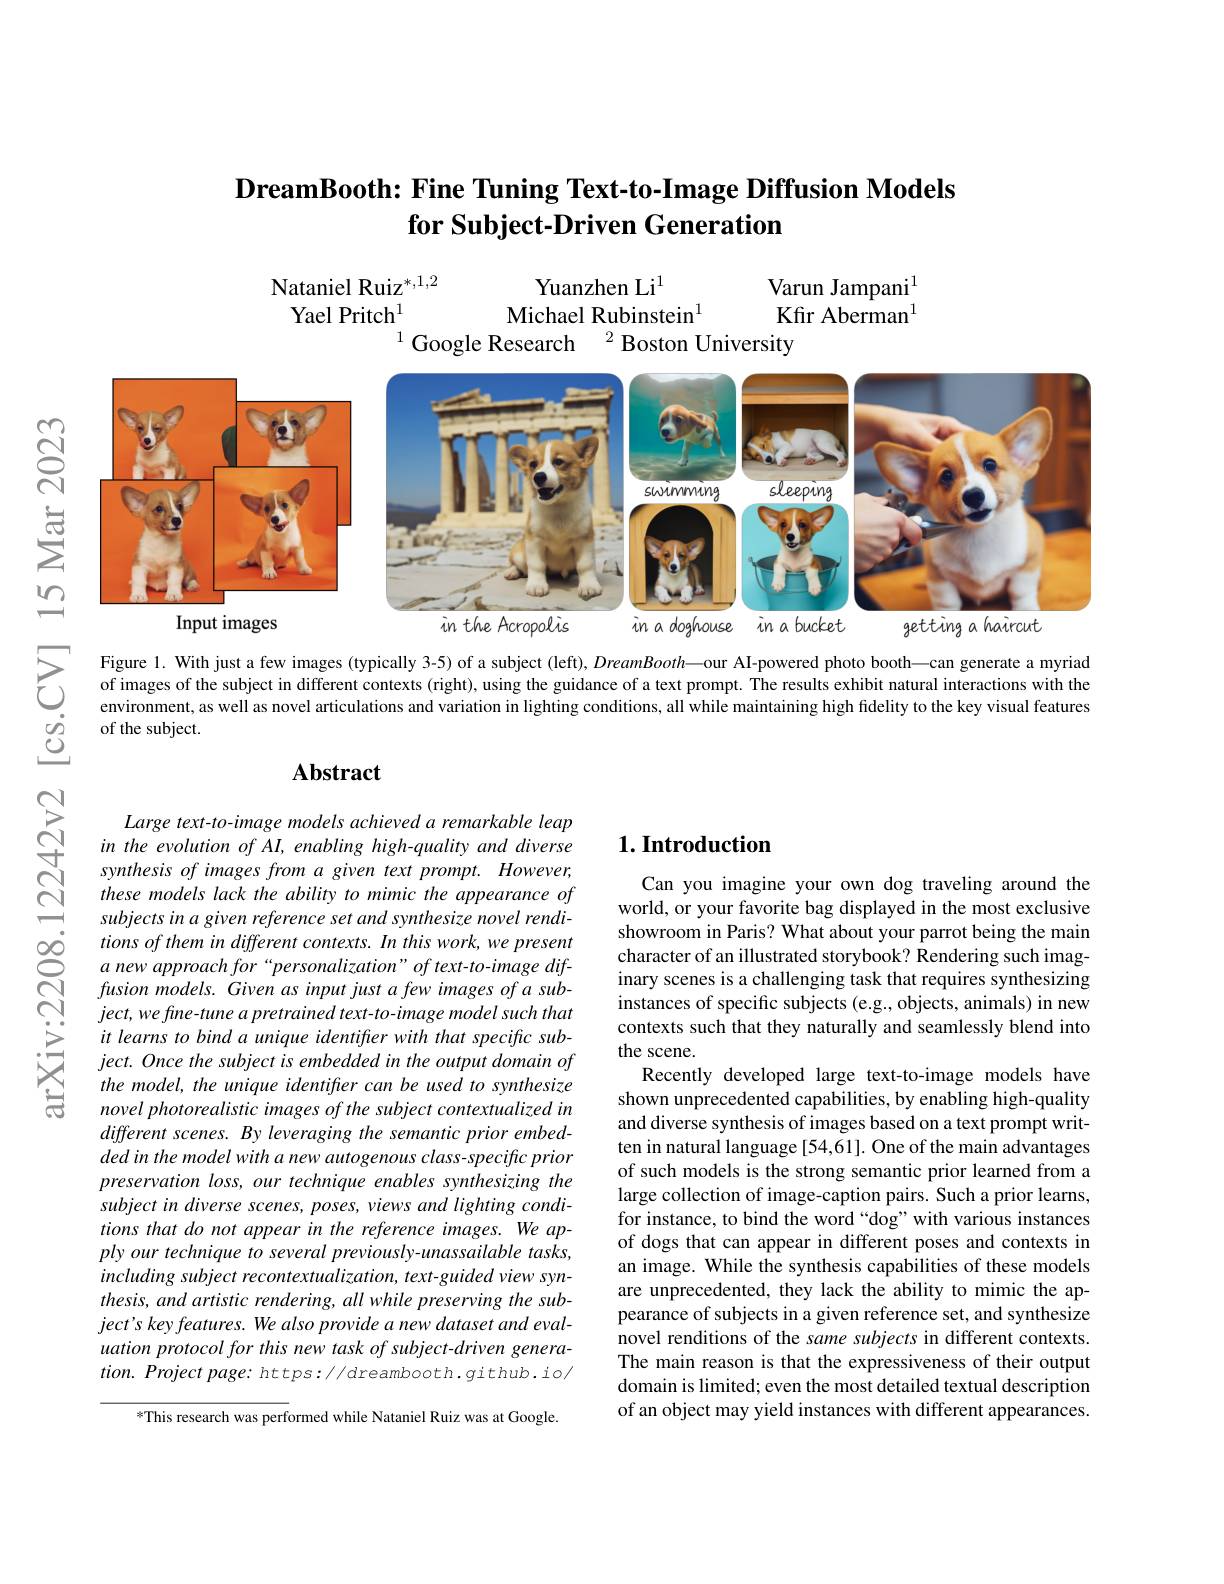
## $\textbf{DreamBooth: Fine Tuning Text- to- Image Diffusion Models}$ for Subject-Driven Generation

$\begin{array}{cc}\text{Nataniel Ruiz}^{*,1,2}&\text{Yuanzhen Li}^{1}&\text{Varun Jampani}^{1}\\\text{Yael Pritch}^{1}&\text{Michael Rubinstein}^{1}&\text{Kfir Aberman}^{1}\\\text{Kfir Aberman}^{1}&\text{Soogle Research}^{2}\text{Boston Universitv}\end{array}$

<FigureHere>

## $\mathbf{Abstract}$

## $1. \textbf{Introduction}$

arXiv:2208

Large text-to-image models achieved a remarkable leap in the evolution of AI, enabling high-quality and diverse synthesis of images from a given text prompt. However, these models lack the ability to mimic the appearance of subjects in a given reference set and synthesize novel renditions of them in different contexts. In this work, we present a new approach for“personalization”of text-to-image diffusion models. Given as input just a few images of a sub- $ject,wefine-tuneapretrained$ text-to-image model such that it learns to bind a unique identifter with that specific subject. Once the subject is embedded in the output domain of the model, the unique identifter can be used to synthesize novel photorealistic images of the subject contextualized in different scenes. By leveraging the semantic prior embedded in the model with a new autogenous class- specific prior preservation loss, our technique enables synthesizing the $subjectindiversescenes,poses,viewsandlightingcondi-$ tions that do not appear in the reference images. We apply our technique to several previously-unassailable tasks, including subject recontextualization, text-guided view synthesis, and artistic rendering, all while preserving the sub- $ject^{\prime }s\textit{ key features. We also provide a new dataset and eval- }$ uation protocol for this new task of subject-driven generation. Project page: https://dreambooth.github.io/

Can you imagine your own dog traveling around the world, or your favorite bag displayed in the most exclusive showroom in Paris? What about your parrot being the main character of an illustrated storybook? Rendering such imaginary scenes is a challenging task that requires synthesizing instances of specific subjects (e.g., objects, animals) in new contexts such that they naturally and seamlessly blend into the scene.
Recently developed large text-to-image models have shown unprecedented capabilities, by enabling high-quality and diverse synthesis of images based on a text prompt written in natural language [54,61]. One of the main advantages of such models is the strong semantic prior learned from a large collection of image-caption pairs. Such a prior learns, for instance, to bind the word “dog”with various instances of dogs that can appear in different poses and contexts in an image. While the synthesis capabilities of these models are unprecedented, they lack the ability to mimic the appearance of subjects in a given reference set, and synthesize novel renditions of the same subjects in different contexts. The main reason is that the expressiveness of their output domain is limited; even the most detailed textual description of an object may yield instances with different appearances.

*This research was performed while Nataniel Ruiz was at Google.